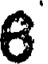
8